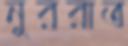
নুররাত